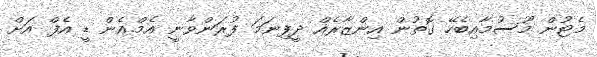
މެޓުން މޫސުމާއިބެހޭ ގޮތުން އިންޒާރެއް ދީފިނަމަ ފުރަންވާނީ އެމް.އެން ޑީ އެފް އަށް